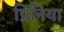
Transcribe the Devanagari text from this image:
प्रिनिया